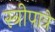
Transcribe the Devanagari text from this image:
स्त्रीपात्रे